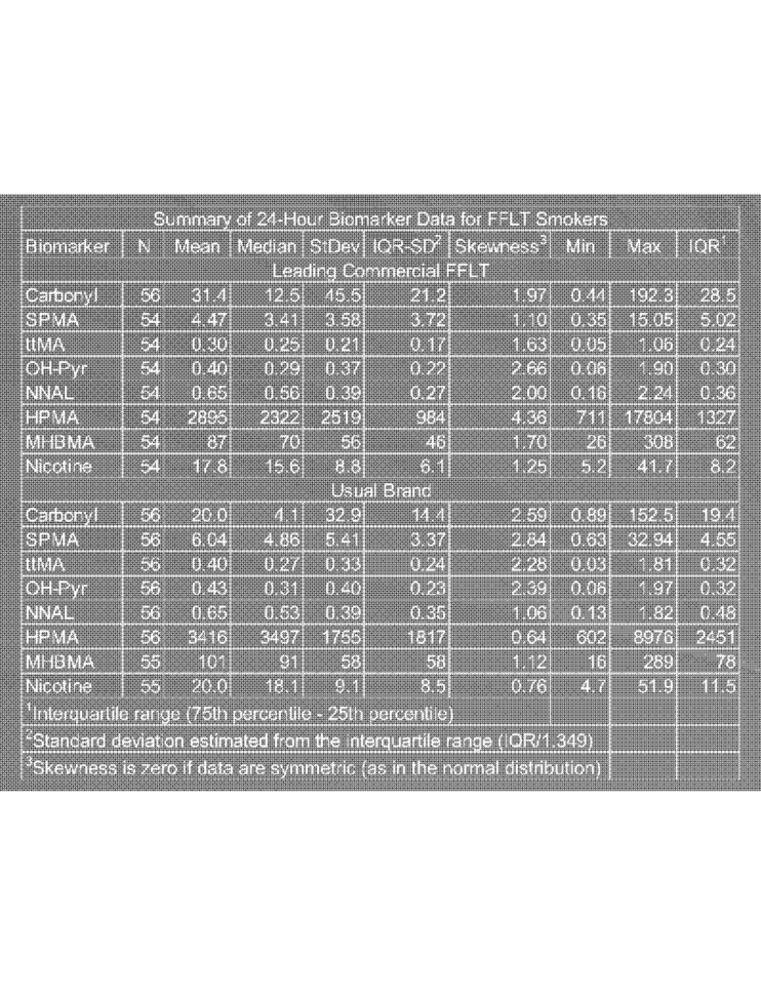
Summary of 24-Hour Biomarker Data for FFLT Smokers
Biomarker
N Mean | Median | StDev] IQR-SD | Skewness>
Min
Max
TOR
Leading Commercial FFLT
Carbonyl
56
31.4
12.5
15.5
21.2
1.97
0.44
192.3
28.5
SPMA
54
4.47
3.41|
3.58
3.72
1.10
0.35
15.05
5.02
ULMA
54
0.30
0.25
0.21
0.17
1.63
0.05
1.06
0.24
OH-Pyr
54
0.40
0.29
0.37
0.22
2.66
0.06
1.90
0.30
NNAL
54
0.65
0.56
0.39
0.27
2.00
0.16
2.24
0.36
HPMA
54
2895
2322
2519
984
4.36
711
17804
1327
MHBMA
54
87
70
56
46
1.70
26
308
62
Nicotine
54
17.8
15.6
8.8
6.1
1.25
5.2
41.7
8.2
Usual Brand
Carbonyl
56
20.0
4.1
32.9
14.4
2.59
0.89
152.5
19.4
SPMA
56
6.04
4.86
5.41|
3.37
2.84
0.63
32.94
4.55
LIMA
56
0.40
0.27
0.33
0.24
2.28
0.03
1.81
0.32
OH-Pyr
56
0.43
0.31
0.40
0.23
2.39
0.06
1.97
0.32
NNAL
56
0.65
0.53
0.39
0.35
1.06
0.13
1.82
0.48
HPMA
56
3416
3497
1755
1817
0.64
602
8976
2451
MHBMA
55
101
91
58
58
1.12
16
289
78
Nicotine
55
20.0
18.1
9.1
8.5
0.76
4.7
51.9
11.5
'Interquartile range (75th percentile - 25th percentile)
"Standard deviation estimated from the interquartile range (IOR/1.349)
Skewness is zero if data are symmetric (as in the normal distribution)